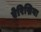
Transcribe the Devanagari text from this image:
ऐरिद्मिया